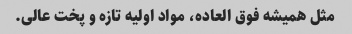
مثل همیشه فوق العاده، مواد اولیه تازه و پخت عالى.